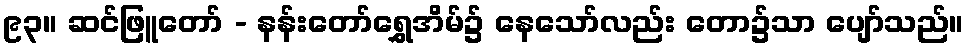
၉၃။ ဆင်ဖြူတော် - နန်းတော်ရွှေအိမ်၌ နေသော်လည်း တော၌သာ ပျော်သည်။